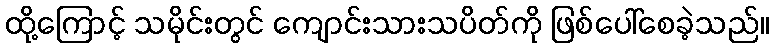
ထို့ကြောင့် သမိုင်းတွင် ကျောင်းသားသပိတ်ကို ဖြစ်ပေါ်စေခဲ့သည်။